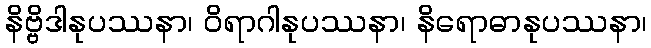
နိဗ္ဗိဒါနုပဿနာ၊ ဝိရာဂါနုပဿနာ၊ နိရောဓာနုပဿနာ၊